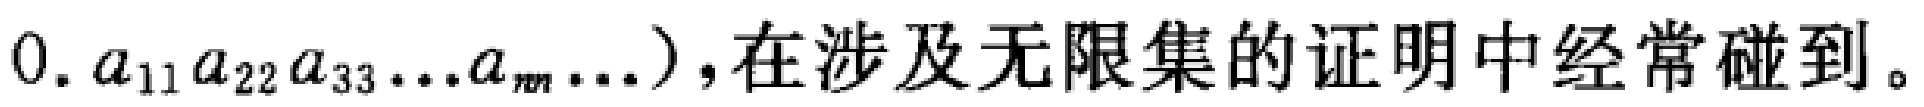
$0. a_{11}a_{22}a_{33}\ldots a_{nn}\ldots)$,在涉及无限集的证明中经常碰到。